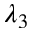
\lambda _ { 3 }